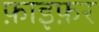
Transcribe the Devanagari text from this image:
फ़ाइफ़र